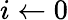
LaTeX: i\gets 0